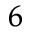
^ { 6 }